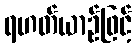
ရဟတ်ယာဉ်ဖြင့်